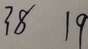
3 8 1 9